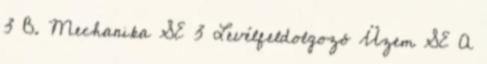
3 B. Mechanika SE 3 Levélfeldolgozó Üzem SE A